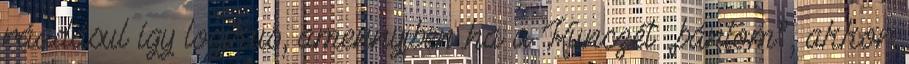
ráadásul így logikus, amennyiben ha a Kunczét „bántom”, akkor